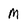
Character: M